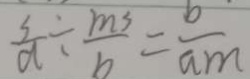
\frac { 3 } { a } \div \frac { m ^ { 3 } } { b } = \frac { b } { a m }